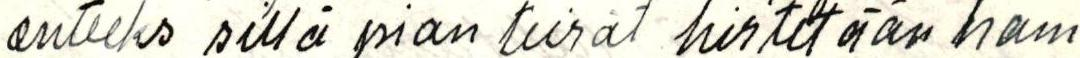
anteeks sillä pian teirät hirtetään ham